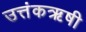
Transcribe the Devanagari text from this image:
उत्तंकऋषी